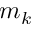
m _ { k }